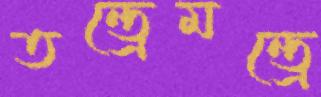
তন্ত্রেমন্ত্রে